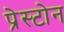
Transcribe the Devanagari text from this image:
प्रेस्टोन